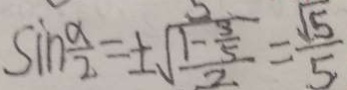
\sin \frac { \alpha } { 2 } = \pm \sqrt { \frac { 1 - \frac { 3 } { 5 } } { 2 } } = \frac { \sqrt { 5 } } { 5 }